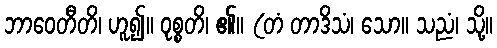
ဘာဝေတီတိ၊ ဟူ၍။ ဝုစ္စတိ၊ ၏။ (တံ တာဒိသံ၊ သော။ သညံ၊ သို့။